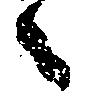
々